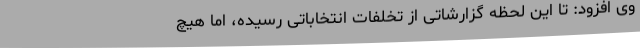
وی افزود: تا این لحظه گزارشاتی از تخلفات انتخاباتی رسیده، اما هیچ